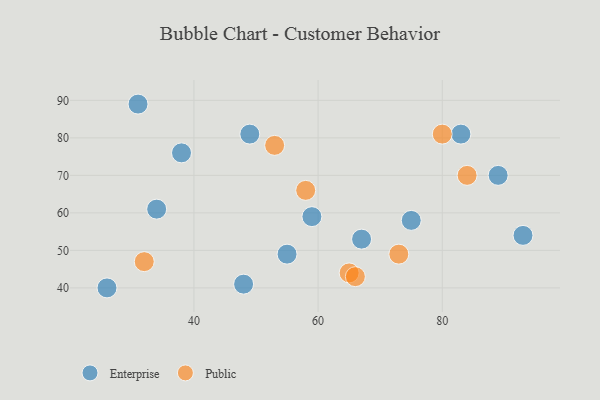
{"axis": {"x": "GDP", "y": "Life Expectancy"}, "legend": ["Enterprise", "Public"], "data": [{"x": "59", "y": 59, "type": "Enterprise"}, {"x": "89", "y": 70, "type": "Enterprise"}, {"x": "48", "y": 41, "type": "Enterprise"}, {"x": "31", "y": 89, "type": "Enterprise"}, {"x": "83", "y": 81, "type": "Enterprise"}, {"x": "93", "y": 54, "type": "Enterprise"}, {"x": "55", "y": 49, "type": "Enterprise"}, {"x": "67", "y": 53, "type": "Enterprise"}, {"x": "34", "y": 61, "type": "Enterprise"}, {"x": "49", "y": 81, "type": "Enterprise"}, {"x": "38", "y": 76, "type": "Enterprise"}, {"x": "75", "y": 58, "type": "Enterprise"}, {"x": "26", "y": 40, "type": "Enterprise"}, {"x": "65", "y": 44, "type": "Public"}, {"x": "53", "y": 78, "type": "Public"}, {"x": "80", "y": 81, "type": "Public"}, {"x": "58", "y": 66, "type": "Public"}, {"x": "73", "y": 49, "type": "Public"}, {"x": "66", "y": 43, "type": "Public"}, {"x": "32", "y": 47, "type": "Public"}, {"x": "84", "y": 70, "type": "Public"}]}